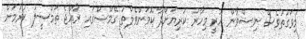
މިވަގުތުވެސް ނިޝްވާން ހުރީ މިހާރު ކުރިޔަށްދާ ކޮމަންވެލްތު ގޭމްސްގައި ރާއްޖެ ތަމްސީލު ކުރުމަށް